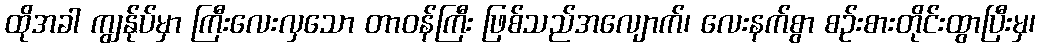
ထိုအခါ ကျွန်ုပ်မှာ ကြီးလေးလှသော တာဝန်ကြီး ဖြစ်သည်အလျောက်၊ လေးနက်စွာ စဉ်းစားတိုင်းထွာပြီးမှ၊